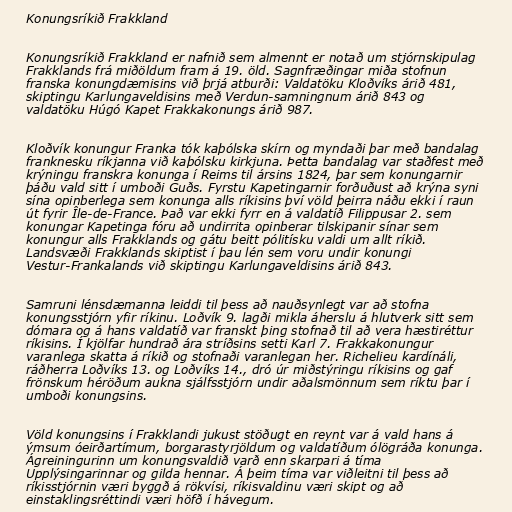
Konungsríkið Frakkland

Konungsríkið Frakkland er nafnið sem almennt er notað um stjórnskipulag
Frakklands frá miðöldum fram á 19. öld. Sagnfræðingar miða stofnun
franska konungdæmisins við þrjá atburði: Valdatöku Kloðvíks árið 481,
skiptingu Karlungaveldisins með Verdun-samningnum árið 843 og
valdatöku Húgó Kapet Frakkakonungs árið 987.

Kloðvík konungur Franka tók kaþólska skírn og myndaði þar með bandalag
franknesku ríkjanna við kaþólsku kirkjuna. Þetta bandalag var staðfest með
krýningu franskra konunga í Reims til ársins 1824, þar sem konungarnir
þáðu vald sitt í umboði Guðs. Fyrstu Kapetingarnir forðuðust að krýna syni
sína opinberlega sem konunga alls ríkisins því völd þeirra náðu ekki í raun
út fyrir Île-de-France. Það var ekki fyrr en á valdatíð Filippusar 2. sem
konungar Kapetinga fóru að undirrita opinberar tilskipanir sínar sem
konungur alls Frakklands og gátu beitt pólitísku valdi um allt ríkið.
Landsvæði Frakklands skiptist í þau lén sem voru undir konungi
Vestur-Frankalands við skiptingu Karlungaveldisins árið 843.

Samruni lénsdæmanna leiddi til þess að nauðsynlegt var að stofna
konungsstjórn yfir ríkinu. Loðvík 9. lagði mikla áherslu á hlutverk sitt sem
dómara og á hans valdatíð var franskt þing stofnað til að vera hæstiréttur
ríkisins. Í kjölfar hundrað ára stríðsins setti Karl 7. Frakkakonungur
varanlega skatta á ríkið og stofnaði varanlegan her. Richelieu kardínáli,
ráðherra Loðvíks 13. og Loðvíks 14., dró úr miðstýringu ríkisins og gaf
frönskum héröðum aukna sjálfsstjórn undir aðalsmönnum sem ríktu þar í
umboði konungsins.

Völd konungsins í Frakklandi jukust stöðugt en reynt var á vald hans á
ýmsum óeirðartímum, borgarastyrjöldum og valdatíðum ólögráða konunga.
Ágreiningurinn um konungsvaldið varð enn skarpari á tíma
Upplýsingarinnar og gilda hennar. Á þeim tíma var viðleitni til þess að
ríkisstjórnin væri byggð á rökvísi, ríkisvaldinu væri skipt og að
einstaklingsréttindi væri höfð í hávegum.